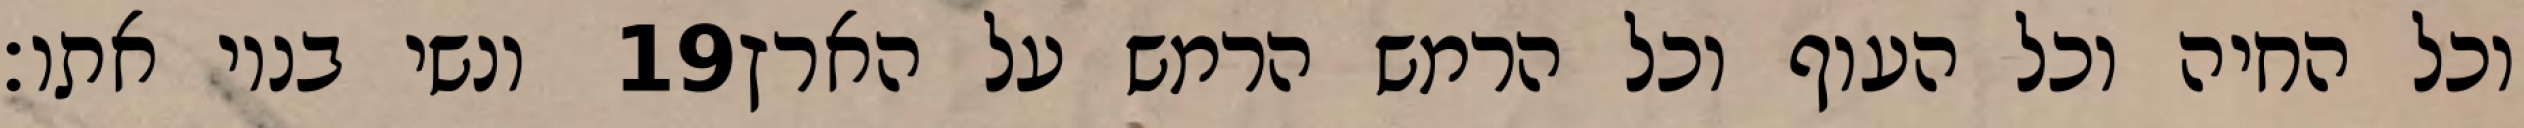
ונשי בניו אתו׃ ‎19‏ וכל החיה וכל העוף וכל הרמש הרמש על הארץ